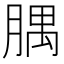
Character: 腢